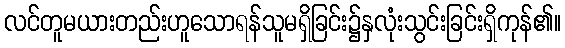
လင်တူမယားတည်းဟူသောရန်သူမရှိခြင်း၌နှလုံးသွင်းခြင်းရှိကုန်၏။